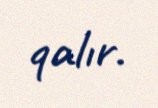
qalır.